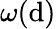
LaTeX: \omega(\mathrm{d})